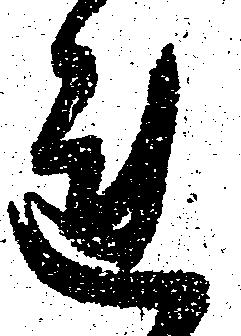
れ